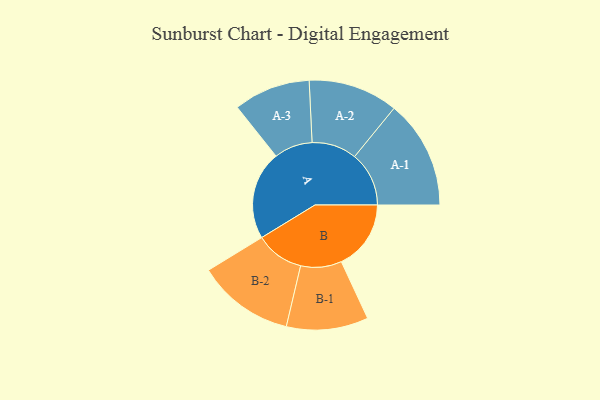
{"axis": {"x": "Segment", "y": "Value"}, "legend": ["", "A", "B"], "data": [{"x": "A", "y": 423, "type": ""}, {"x": "B", "y": 332, "type": ""}, {"x": "A-1", "y": 259, "type": "A"}, {"x": "A-2", "y": 214, "type": "A"}, {"x": "A-3", "y": 183, "type": "A"}, {"x": "B-1", "y": 195, "type": "B"}, {"x": "B-2", "y": 231, "type": "B"}]}